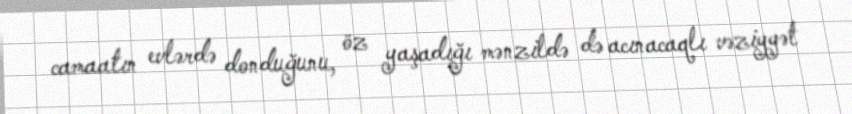
camaatın evlərdə donduğunu, öz yaşadığı mənzildə də acınacaqlı vəziyyət